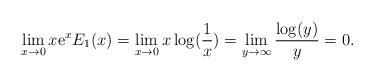
LaTeX: \begin{align*}\lim \limits_{x \rightarrow 0} x {\mathrm{e}}^x E_1(x)=\lim \limits_{x \rightarrow 0} x \log(\frac{1}{x})=\lim \limits_{y \rightarrow \infty} \frac{\log(y)}{y}=0.\end{align*}